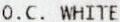
O.C. WHITE